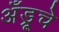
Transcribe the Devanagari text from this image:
अँड्रूचे